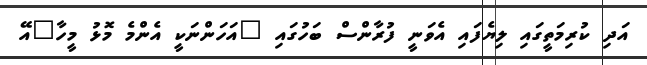
އަދި ކުރިމަތީގައި ލިޔެފައި އެވަނީ ފުރާންސް ބަހުގައި "އަހަންނަކީ އެންމެ މޮޅު މީހާ"އޭ